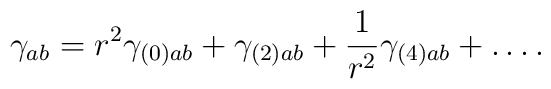
\gamma_{ab}=r^{2}\gamma_{(0)ab} + \gamma_{(2)ab} +\frac{1}{r^{2}}\gamma_{(4)ab} + \ldots .